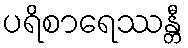
ပရိစာရေဿန္တီ